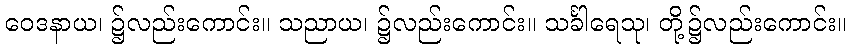
ဝေဒနာယ၊ ၌လည်းကောင်း။ သညာယ၊ ၌လည်းကောင်း။ သင်္ခါရေသု၊ တို့၌လည်းကောင်း။